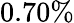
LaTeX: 0.70\%